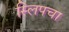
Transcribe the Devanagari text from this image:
स्लिपचा